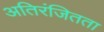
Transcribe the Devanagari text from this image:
अतिरंजितता